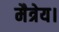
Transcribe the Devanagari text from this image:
मैत्रेय।